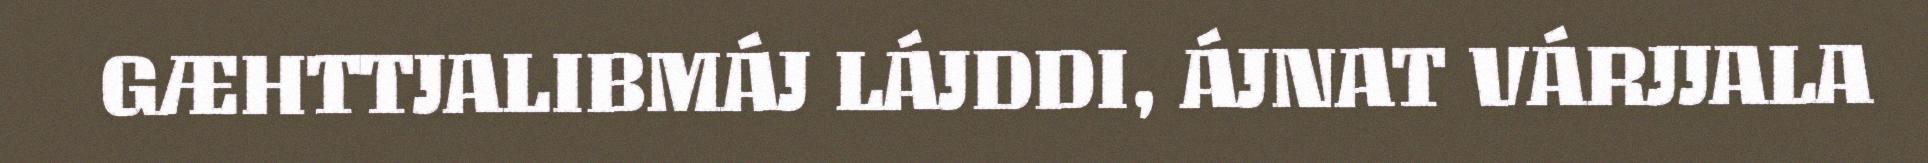
GÆHTTJALIBMÁJ LÁJDDI, ÁJNAT VÁRJJALA